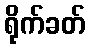
ရိုက်ခတ်